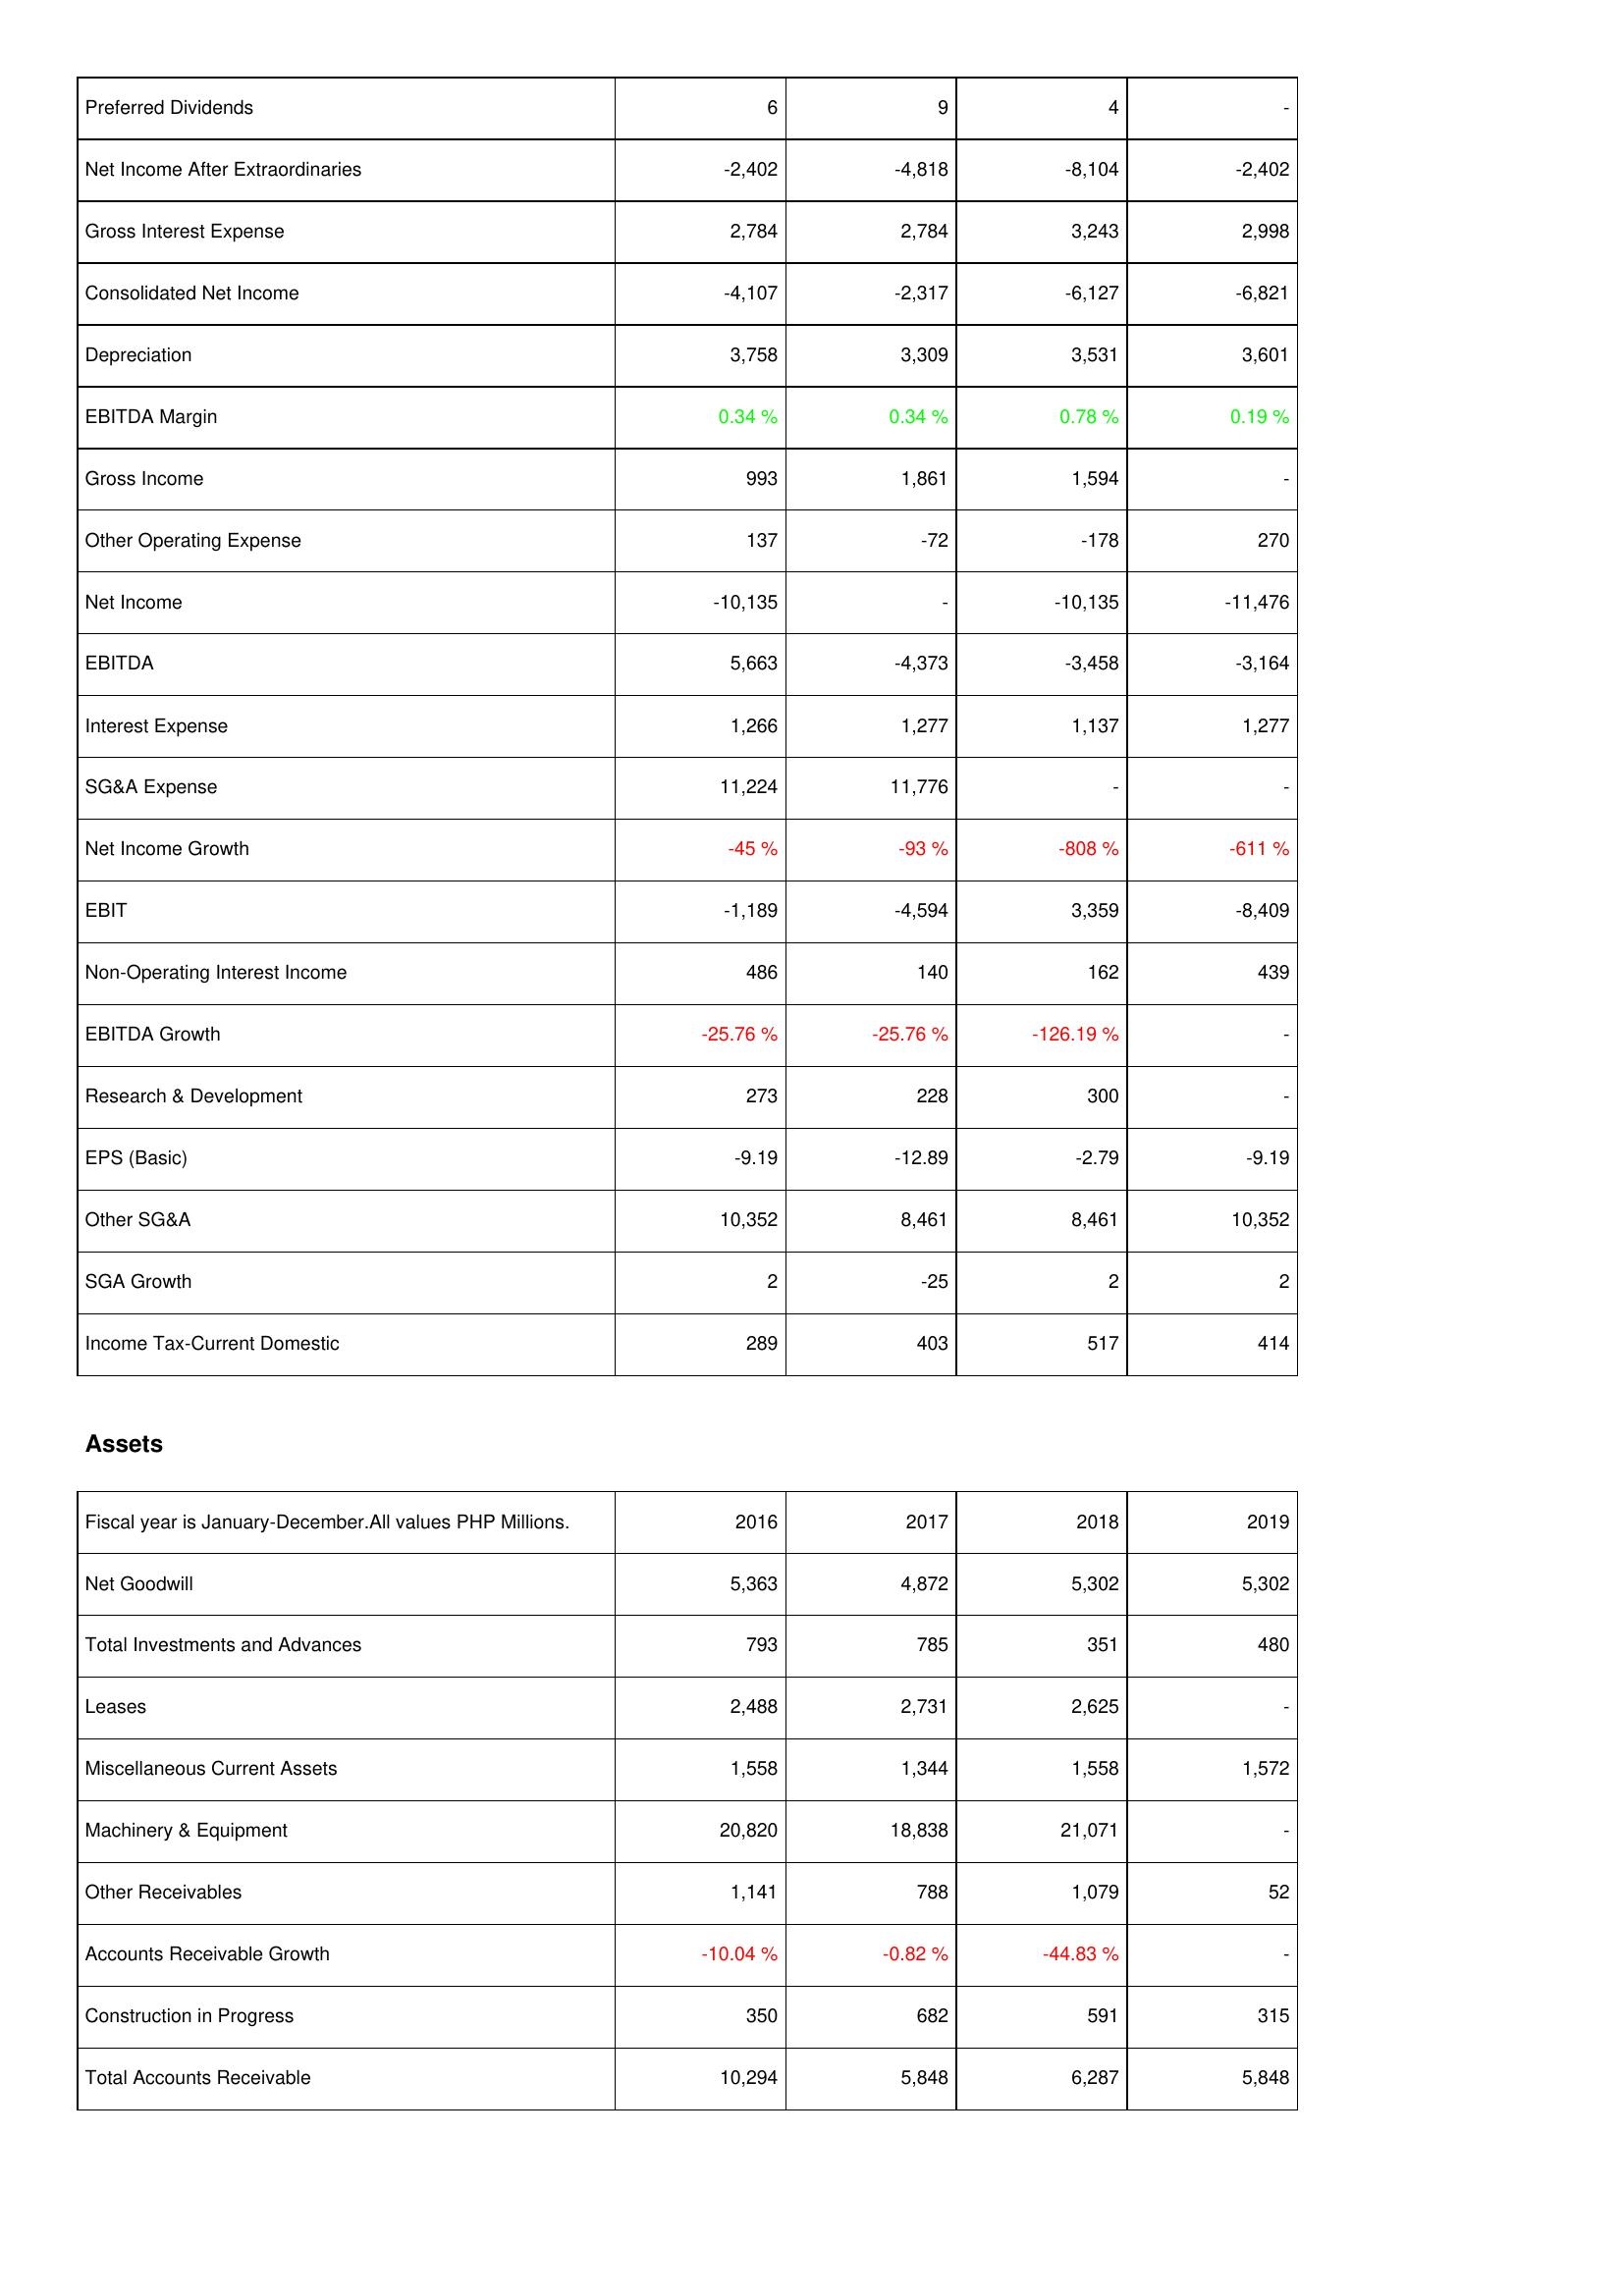
2016: Income Statement: Preferred Dividends: 6
Net Income After Extraordinaries: -2,402
Gross Interest Expense: 2,784
Consolidated Net Income: -4,107
Depreciation: 3,758
EBITDA Margin: 0.34 %
Gross Income: 993
Other Operating Expense: 137
Net Income: -10,135
EBITDA: 5,663
Interest Expense: 1,266
SG&A Expense: 11,224
Net Income Growth: -45 %
EBIT: -1,189
Non-Operating Interest Income: 486
EBITDA Growth: -25.76 %
Research & Development: 273
EPS (Basic): -9.19
Other SG&A: 10,352
SGA Growth: 2
Income Tax-Current Domestic: 289
Assets: Net Goodwill: 5,363
Total Investments and Advances: 793
Leases: 2,488
Miscellaneous Current Assets: 1,558
Machinery & Equipment: 20,820
Other Receivables: 1,141
Accounts Receivable Growth: -10.04 %
Construction in Progress: 350
Total Accounts Receivable: 10,294
2017: Income Statement: Preferred Dividends: 9
Net Income After Extraordinaries: -4,818
Gross Interest Expense: 2,784
Consolidated Net Income: -2,317
Depreciation: 3,309
EBITDA Margin: 0.34 %
Gross Income: 1,861
Other Operating Expense: -72
Net Income: -
EBITDA: -4,373
Interest Expense: 1,277
SG&A Expense: 11,776
Net Income Growth: -93 %
EBIT: -4,594
Non-Operating Interest Income: 140
EBITDA Growth: -25.76 %
Research & Development: 228
EPS (Basic): -12.89
Other SG&A: 8,461
SGA Growth: -25
Income Tax-Current Domestic: 403
Assets: Net Goodwill: 4,872
Total Investments and Advances: 785
Leases: 2,731
Miscellaneous Current Assets: 1,344
Machinery & Equipment: 18,838
Other Receivables: 788
Accounts Receivable Growth: -0.82 %
Construction in Progress: 682
Total Accounts Receivable: 5,848
2018: Income Statement: Preferred Dividends: 4
Net Income After Extraordinaries: -8,104
Gross Interest Expense: 3,243
Consolidated Net Income: -6,127
Depreciation: 3,531
EBITDA Margin: 0.78 %
Gross Income: 1,594
Other Operating Expense: -178
Net Income: -10,135
EBITDA: -3,458
Interest Expense: 1,137
SG&A Expense: -
Net Income Growth: -808 %
EBIT: 3,359
Non-Operating Interest Income: 162
EBITDA Growth: -126.19 %
Research & Development: 300
EPS (Basic): -2.79
Other SG&A: 8,461
SGA Growth: 2
Income Tax-Current Domestic: 517
Assets: Net Goodwill: 5,302
Total Investments and Advances: 351
Leases: 2,625
Miscellaneous Current Assets: 1,558
Machinery & Equipment: 21,071
Other Receivables: 1,079
Accounts Receivable Growth: -44.83 %
Construction in Progress: 591
Total Accounts Receivable: 6,287
2019: Income Statement: Preferred Dividends: -
Net Income After Extraordinaries: -2,402
Gross Interest Expense: 2,998
Consolidated Net Income: -6,821
Depreciation: 3,601
EBITDA Margin: 0.19 %
Gross Income: -
Other Operating Expense: 270
Net Income: -11,476
EBITDA: -3,164
Interest Expense: 1,277
SG&A Expense: -
Net Income Growth: -611 %
EBIT: -8,409
Non-Operating Interest Income: 439
EBITDA Growth: -
Research & Development: -
EPS (Basic): -9.19
Other SG&A: 10,352
SGA Growth: 2
Income Tax-Current Domestic: 414
Assets: Net Goodwill: 5,302
Total Investments and Advances: 480
Leases: -
Miscellaneous Current Assets: 1,572
Machinery & Equipment: -
Other Receivables: 52
Accounts Receivable Growth: -
Construction in Progress: 315
Total Accounts Receivable: 5,848